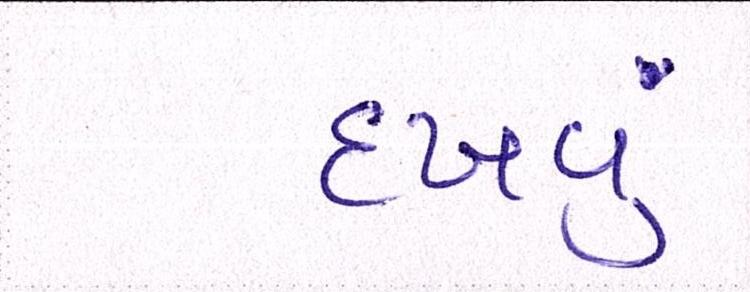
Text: દઃખવું